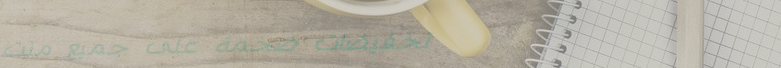
تخفيضات ضخمة على جميع منت